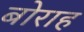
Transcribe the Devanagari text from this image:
बोराह